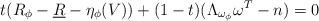
LaTeX: \begin{align*}t(R_\phi-\underline{R}-\eta_\phi(V))+(1-t)(\Lambda_{\omega_\phi}\omega^T-n)=0\end{align*}